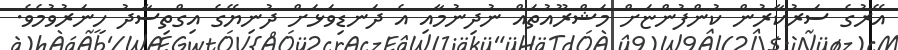
އޭރުގެ ސަރުކާރުން ކުންފުންޏަށް މަޝްރޫއުތައް ނުދިނުމާއި އެ ދަނޑިވަޅަށް ދުނިޔޭގެ އިގްތިސާދު ހީނަރުވުމެވެ.